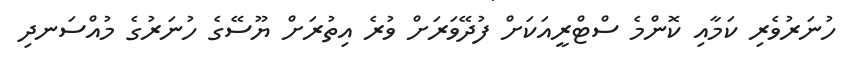
ހުނަރުވެރި ކަމާއި ކޮންމެ ސްޓްރީއަކަށް ފުދޭވަރަށް ވުރެ އިތުރަށް ޔޫސޭގެ ހުނަރުގެ މުއްސަނދި